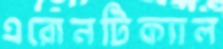
এরোনটিক্যাল